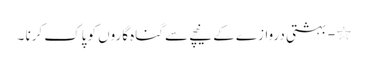
٭ - بہشتی دروازے کے نیچے سے گناہ گاروں کو پاک کرنا ۔